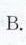
B.